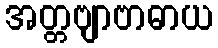
အတ္တဗျာဗာဓာယ